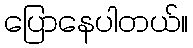
ပြောနေပါတယ်။